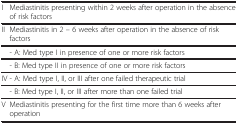
<table><thead><tr><td><b> </b></td><td><b> </b></td></tr></thead><tbody><tr><td>I</td><td>Mediastinitis presenting within 2 weeks after operation in the absence of risk factors</td></tr><tr><td>II</td><td>Mediastinitis in 2 – 6 weeks after operation in the absence of risk factors</td></tr><tr><td> </td><td>- A: Med type I in presence of one or more risk factors</td></tr><tr><td> </td><td>- B: Med type II in presence of one or more risk factors</td></tr><tr><td>IV</td><td>- A: Med type I, II, or III after one failed therapeutic trial</td></tr><tr><td> </td><td>- B: Med type I, II, or III after more than one failed trial</td></tr><tr><td>V</td><td>Mediastinitis presenting for the first time more than 6 weeks after operation</td></tr></tbody></table>